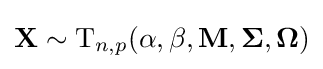
\mathbf {X} \sim {\rm {T}}_{n,p}(\alpha ,\beta ,\mathbf {M} ,{\boldsymbol {\Sigma }},{\boldsymbol {\Omega }})